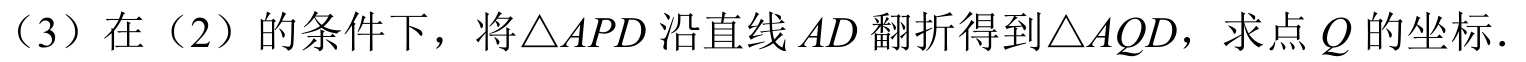
(3) 在 (2) 的条件下，将\(\triangle APD\)沿直线 \(AD\) 翻折得到\(\triangle AQD\)，求点 \(Q\) 的坐标.